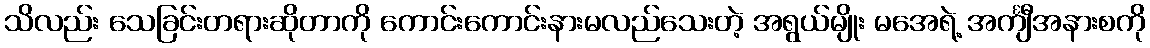
သိလည်း သေခြင်းတရားဆိုတာကို ကောင်းကောင်းနားမလည်သေးတဲ့ အရွယ်မျိုး မအေရဲ့ အင်္ကျီအနားစကို